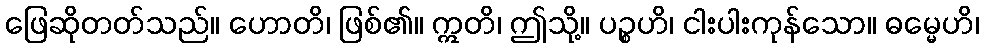
ဖြေဆိုတတ်သည်။ ဟောတိ၊ ဖြစ်၏။ ဣတိ၊ ဤသို့။ ပဉ္စဟိ၊ ငါးပါးကုန်သော။ ဓမ္မေဟိ၊